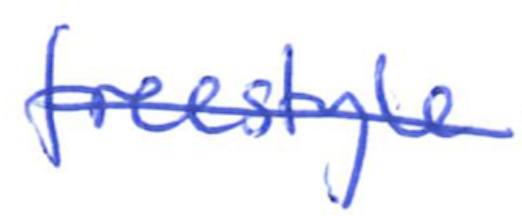
Text: freestyle
Cross-out: single-line
Writing tool: ballpoint